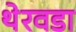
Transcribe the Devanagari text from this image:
थेरवडा